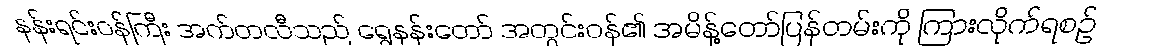
နန်းရင်းဝန်ကြီး အက်တလီသည် ရွှေနန်းတော် အတွင်းဝန်၏ အမိန့်တော်ပြန်တမ်းကို ကြားလိုက်ရစဉ်